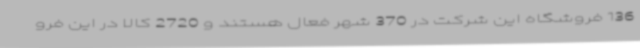
136 فروشگاه این شرکت در 370 شهر فعال هستند و 2720 کالا در این فرو